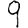
Digit: 9